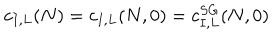
LaTeX: c _ { I , L } ( N ) = c _ { I , L } ( N , 0 ) = c _ { I , L } ^ { S G } ( N , 0 )